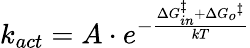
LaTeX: k_{act}=A\cdot e^{-{\frac{\Delta{G_{in}^{\ddagger}}+\Delta{G_{o}}^{\ddagger}}{kT}}}